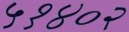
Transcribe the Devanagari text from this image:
५१४०२